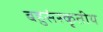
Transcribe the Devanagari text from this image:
बहुसंस्कृतीय